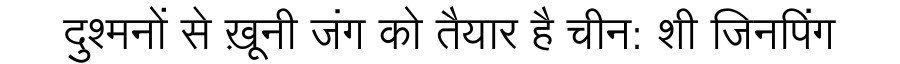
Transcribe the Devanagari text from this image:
दुश्मनों से ख़ूनी जंग को तैयार है चीन: शी जिनपिंग